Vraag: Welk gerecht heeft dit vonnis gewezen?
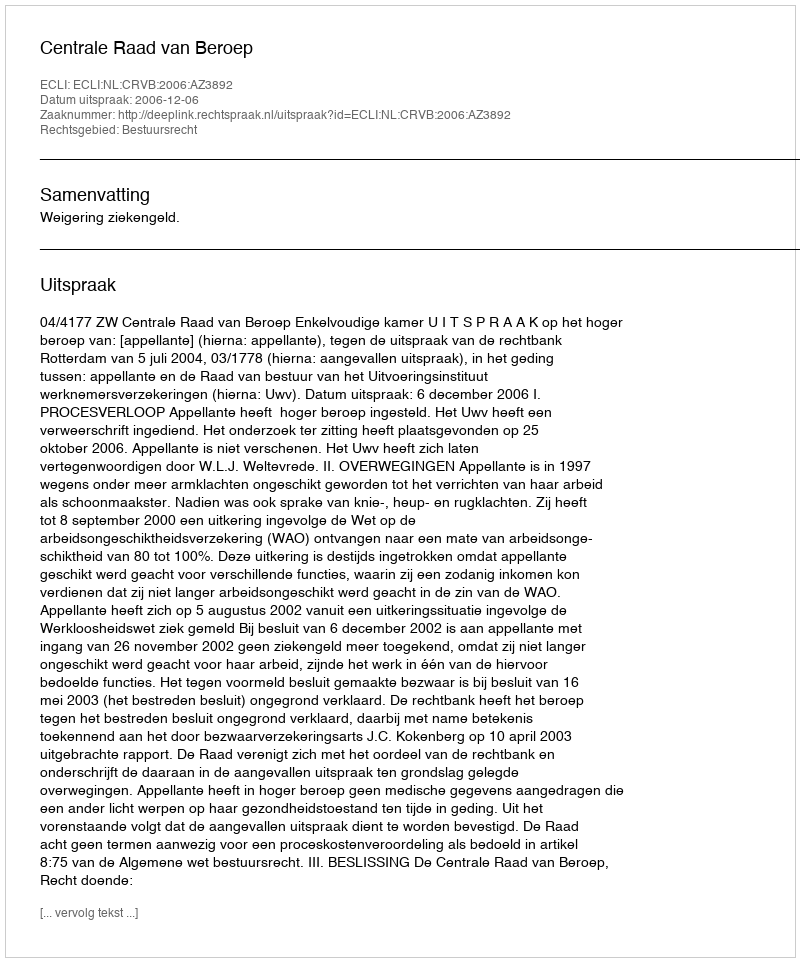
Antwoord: Centrale Raad van Beroep